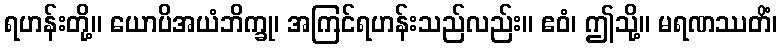
ရဟန်းတို့။ ယောပိအယံဘိက္ခု၊ အကြင်ရဟန်းသည်လည်း။ ဧဝံ၊ ဤသို့။ မရဏဿတိံ၊